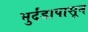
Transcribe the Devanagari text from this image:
भुर्दंडापासून